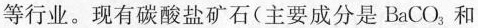
等行业。现有碳酸盐矿石(主要成分是B_{a}CO_{3}，和